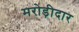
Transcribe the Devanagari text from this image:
मरोड़ीदार